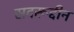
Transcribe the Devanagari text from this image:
सदरूद्दीन